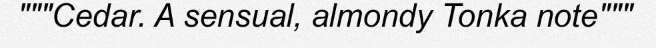
"""Cedar. A sensual, almondy Tonka note"""